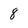
Character: 8